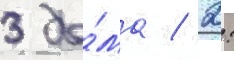
3 до́ма / 2: